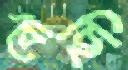
বৌছি